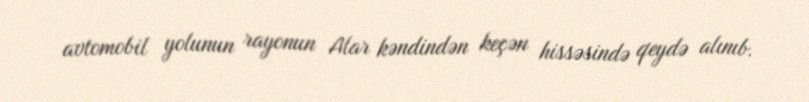
avtomobil yolunun rayonun Alar kəndindən keçən hissəsində qeydə alınıb.